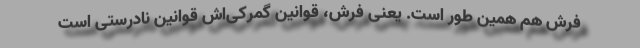
فرش هم همین طور است. یعنی فرش، قوانین گمرکی‌اش قوانین نادرستی است